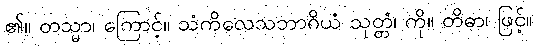
၏။ တသ္မာ၊ ကြောင့်။ သံကိလေသဘာဂိယံ သုတ္တံ၊ ကို။ တိဓာ၊ ဖြင့်။